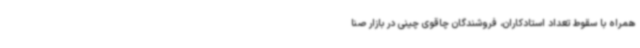
همراه با سقوط تعداد استادکاران، فروشندگان چاقوی چینی در بازار صنا